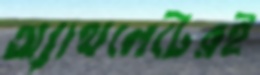
অ্যাথলেটেরই